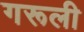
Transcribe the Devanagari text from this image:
गरूली